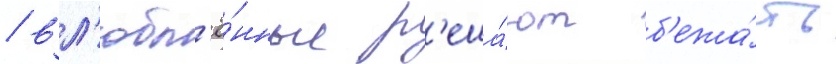
/ вл'юбл'ё́нные р'еша́ют б'ежа́ть